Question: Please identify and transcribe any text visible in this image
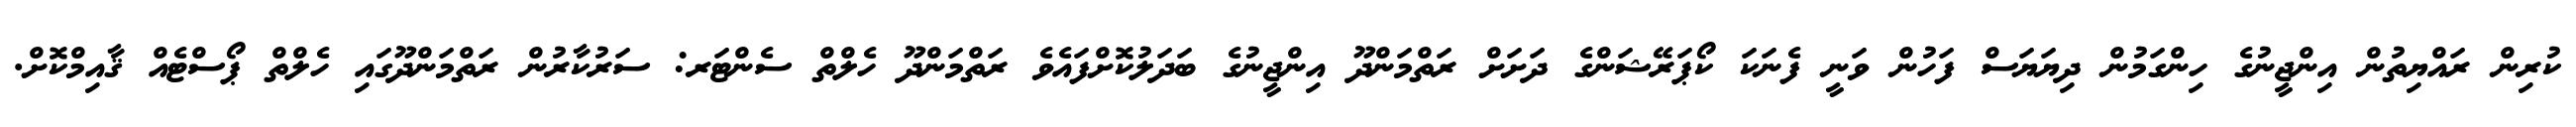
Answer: ކުރިން ރައްޔިތުން އިންޖީނުގެ ހިންގަމުން ދިޔަޔަސް ފަހުން ވަނީ ފެނަކަ ކޯޕަރޭޝަންގެ ދަށަށް ރަތްމަންދޫ އިންޖީނުގެ ބަދަލުކޮށްފައެވެ ރަތްމަންދޫ ހެލްތް ސެންޓަރ: ސަރުކާރުން ރަތްމަންދޫގައި ހެލްތް ޕޯސްޓެއް ޤާއިމްކޮށް.